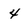
Character: 4